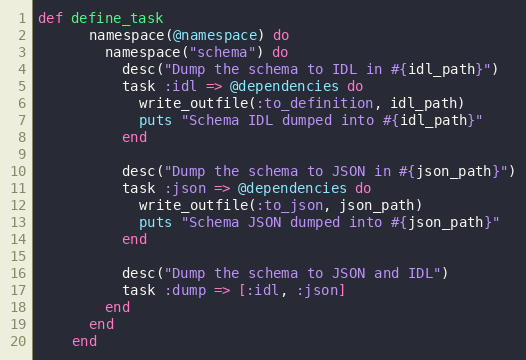
Language: Ruby
def define_task
      namespace(@namespace) do
        namespace("schema") do
          desc("Dump the schema to IDL in #{idl_path}")
          task :idl => @dependencies do
            write_outfile(:to_definition, idl_path)
            puts "Schema IDL dumped into #{idl_path}"
          end

          desc("Dump the schema to JSON in #{json_path}")
          task :json => @dependencies do
            write_outfile(:to_json, json_path)
            puts "Schema JSON dumped into #{json_path}"
          end

          desc("Dump the schema to JSON and IDL")
          task :dump => [:idl, :json]
        end
      end
    end